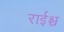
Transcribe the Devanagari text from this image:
राईश्च